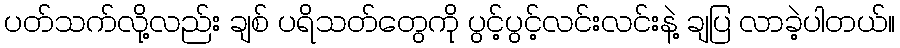
ပတ်သက်လို့လည်း ချစ် ပရိသတ်တွေကို ပွင့်ပွင့်လင်းလင်းနဲ့ ချပြ လာခဲ့ပါတယ်။